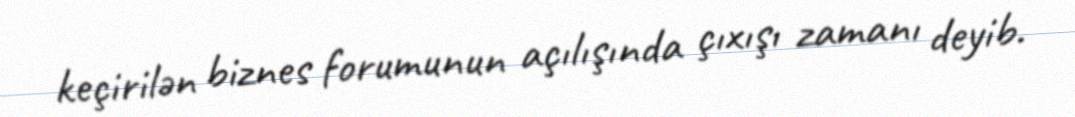
keçirilən biznes forumunun açılışında çıxışı zamanı deyib.